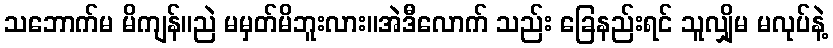
သဘောက်မ မိကျန်။ညဲ မမှတ်မိဘူးလား။အဲဒီလောက် သည်း ခြေနည်းရင် သူလျှိုမ မလုပ်နဲ့